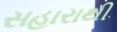
સહારાથી